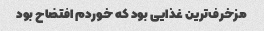
مزخرف‌ترین غذایی بود که خوردم افتضاح بود